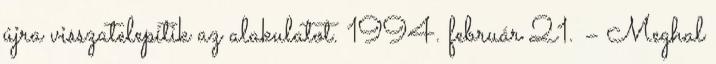
újra visszatelepítik az alakulatot. 1994. február 21. – Meghal